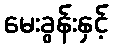
မေးခွန်းနှင့်